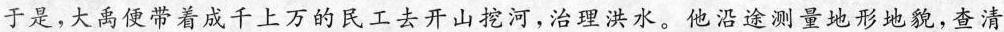
于是，大禹便带着成千上万的民工去开山挖河，治理洪水。他沿途测量地形地貌，查清